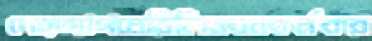
দেহত্যাগমেরিলিনবনকর্মকর